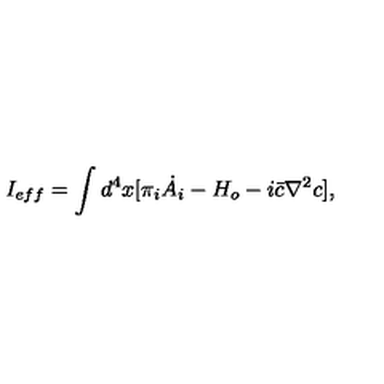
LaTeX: I _ { e f f } = \int d ^ { 4 } x [ \pi _ { i } \dot { A _ { i } } - H _ { o } - i \bar { c } \nabla ^ { 2 } c ] ,